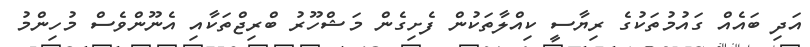
އަދި ބައެއް ގައުމުތަކުގެ ރިޔާސީ ކިއްލާތަކުން ފެށިގެން މަޝްހޫރު ބްރިޖްތަކާއި އެނޫންވެސް މުހިންމު